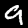
Digit: 9